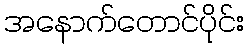
အနောက်တောင်ပိုင်း